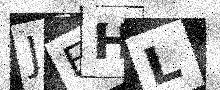
Text: JEHL